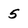
Character: 5